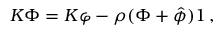
K \Phi = K \varphi - \rho ( \Phi + { \hat { \phi } } ) 1 \, ,